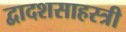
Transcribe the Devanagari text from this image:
द्वादशसाहस्त्री